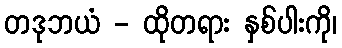
တဒုဘယံ - ထိုတရား နှစ်ပါးကို၊